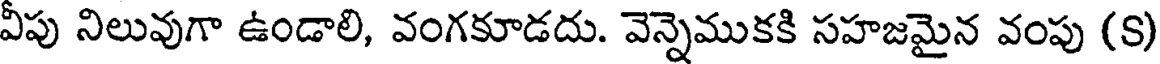
వీపు నిలువుగా ఉండాలి, వంగకూడదు. వెన్నెముకకి సహజమైన వంపు (S)